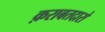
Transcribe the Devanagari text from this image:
क़राबतदारो